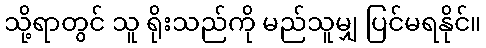
သို့ရာတွင် သူ ရိုးသည်ကို မည်သူမျှ ပြင်မရနိုင်။